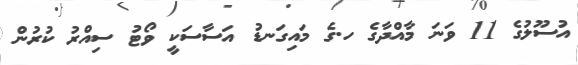
އުސޫލުގެ 11 ވަނަ މާއްދާގެ ހ.ގެ މައިގަނޑު އަސާސަކީ ވޯޓު ސިއްރު ކުރުން